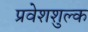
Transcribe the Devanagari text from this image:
प्रवेशशुल्क